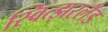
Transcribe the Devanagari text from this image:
स्वित्झरलँड